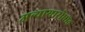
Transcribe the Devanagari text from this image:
अन्यायारोधात